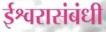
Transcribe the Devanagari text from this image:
ईश्वरासंबंधी